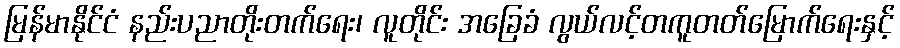
မြန်မာနိုင်ငံ နည်းပညာတိုးတက်ရေး၊ လူတိုင်း အခြေခံ လွယ်လင့်တကူတတ်မြောက်ရေးနှင့်